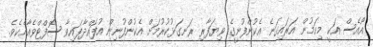
އޯއެސް އަކީ މިކަމުން އަރައިގަނެ އެކުންފުނީގެ ވިޔަފާރި ރަނގަޅުކުރުމަށް އެކުންފުނިން އުފައްދާފައިވާ ސޮފްޓްވެއާއެކެވެ.